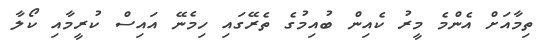
ތިމާއަށް އެންމެ މީރު ކެއިން ބުއިމުގެ ތެރޭގައި ހިމެނޭ އައިސް ކުރީމާއި ކޯލާ